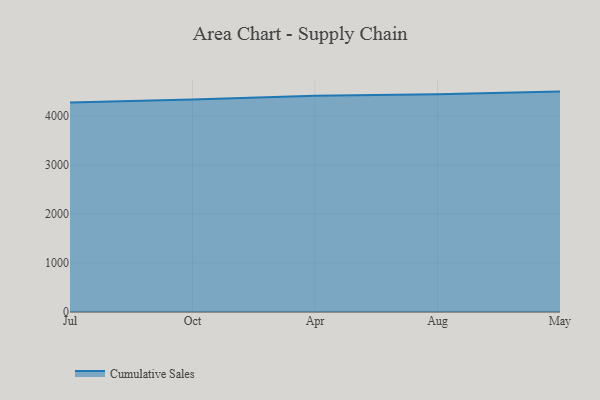
{"axis": {"x": "Month", "y": "Headcount"}, "legend": ["Cumulative Sales"], "data": [{"x": "Jul", "y": 4273.9, "type": "Cumulative Sales"}, {"x": "Oct", "y": 4333.9, "type": "Cumulative Sales"}, {"x": "Apr", "y": 4412.6, "type": "Cumulative Sales"}, {"x": "Aug", "y": 4439.6, "type": "Cumulative Sales"}, {"x": "May", "y": 4496.2, "type": "Cumulative Sales"}]}